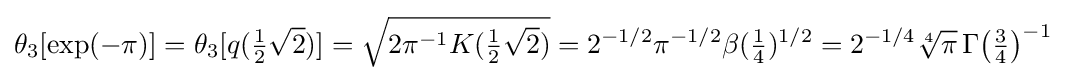
\theta _{3}[\exp(-\pi )]=\theta _{3}[q({\tfrac {1}{2}}{\sqrt {2}})]={\sqrt {2\pi ^{-1}K({\tfrac {1}{2}}{\sqrt {2}})}}=2^{-1/2}\pi ^{-1/2}\beta ({\tfrac {1}{4}})^{1/2}=2^{-1/4}{\sqrt[{4}]{\pi }}\,{\Gamma {\bigl (}{\tfrac {3}{4}}{\bigr )}}^{-1}